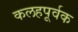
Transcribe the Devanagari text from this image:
कलहपूर्वक